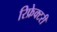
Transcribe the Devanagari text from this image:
रिफ्रेक्टरी